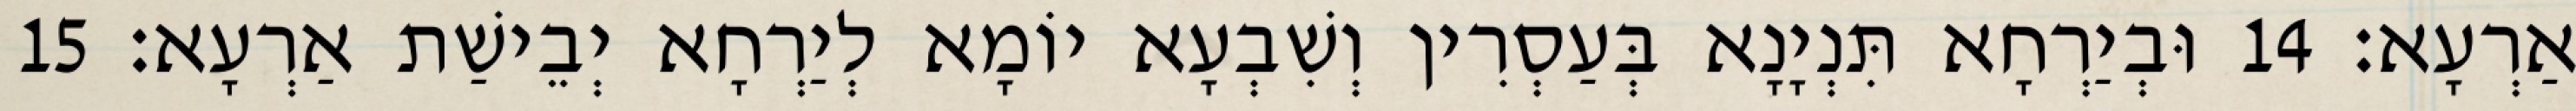
אַרְעָא׃ 14 וּבְיַרְחָא תִּנְיָנָא בְּעַסְרִין וְשִׁבְעָא יוֹמָא לְיַרְחָא יְבֵישַׁת אַרְעָא׃ 15